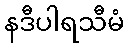
နဒီပါရသီမံ